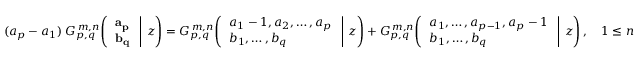
( a _ { p } - a _ { 1 } ) \; G _ { p , q } ^ { \, m , n } \! \left( \left. { \begin{array} { l } { \mathbf { a _ { p } } } \\ { \mathbf { b _ { q } } } \end{array} } \; \right| \, z \right) = G _ { p , q } ^ { \, m , n } \! \left( \left. { \begin{array} { l } { a _ { 1 } - 1 , a _ { 2 } , \dots , a _ { p } } \\ { b _ { 1 } , \dots , b _ { q } } \end{array} } \; \right| \, z \right) + G _ { p , q } ^ { \, m , n } \! \left( \left. { \begin{array} { l } { a _ { 1 } , \dots , a _ { p - 1 } , a _ { p } - 1 } \\ { b _ { 1 } , \dots , b _ { q } } \end{array} } \; \right| \, z \right) , \quad 1 \leq n